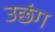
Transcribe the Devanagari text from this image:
उछंग